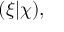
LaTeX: ( \xi | \chi ) ,